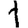
Digit: 1